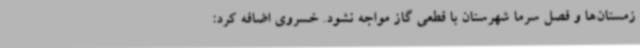
زمستان‌ها و فصل سرما شهرستان با قطعی گاز مواجه نشود. خسروی اضافه کرد: